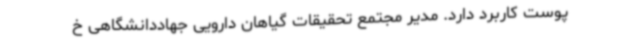
پوست کاربرد دارد. مدیر مجتمع تحقیقات گیاهان دارویی جهاددانشگاهی خ